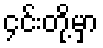
၄င်းတို့မှာ